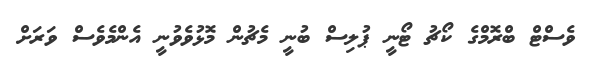
ވެސްޓް ބްރޮމްގެ ކޯޗު ޓޯނީ ޕުލިސް ބުނީ މެޗުން މޮޅުވެވުނީ އެންމެވެސް ވަރަށް